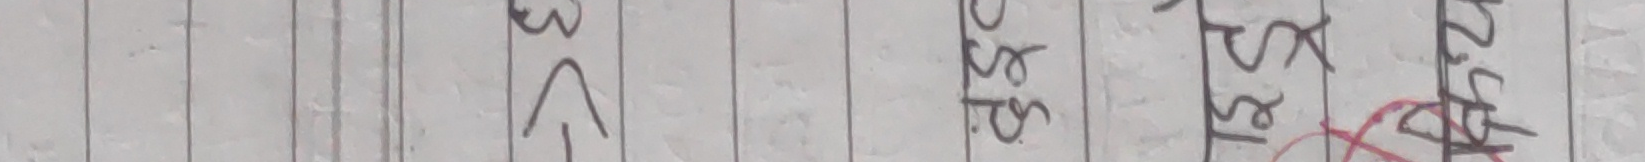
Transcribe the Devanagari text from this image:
३ स्र स्र १२